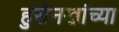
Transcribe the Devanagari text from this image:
हुसेनखांच्या